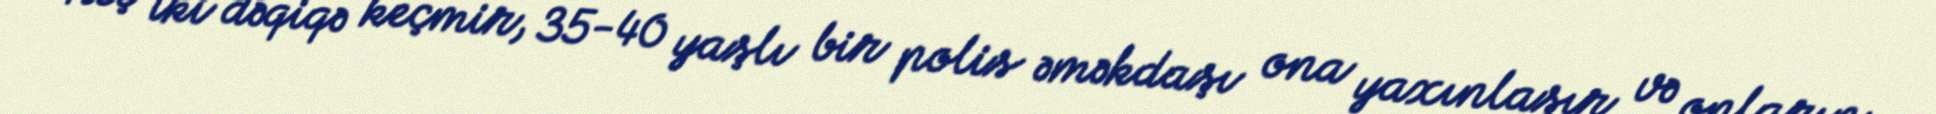
Heç iki dəqiqə keçmir, 35-40 yaşlı bir polis əməkdaşı ona yaxınlaşır və onların